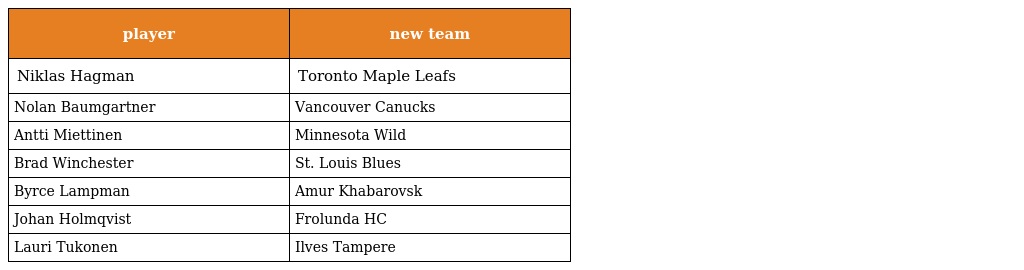
| player | new team |
 | --- | --- |
 | Niklas Hagman | Toronto Maple Leafs |
 | Nolan Baumgartner | Vancouver Canucks |
 | Antti Miettinen | Minnesota Wild |
 | Brad Winchester | St. Louis Blues |
 | Byrce Lampman | Amur Khabarovsk |
 | Johan Holmqvist | Frolunda HC |
 | Lauri Tukonen | Ilves Tampere |